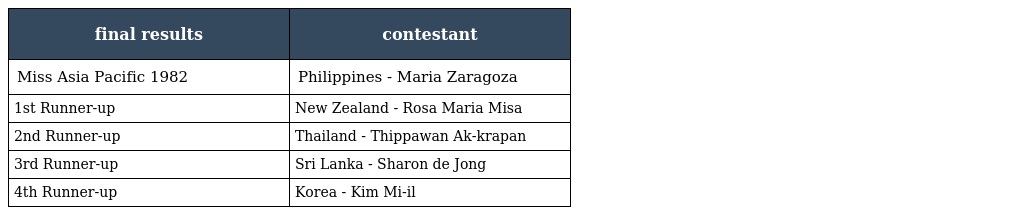
| final results | contestant |
 | --- | --- |
 | Miss Asia Pacific 1982 | Philippines - Maria Zaragoza |
 | 1st Runner-up | New Zealand - Rosa Maria Misa |
 | 2nd Runner-up | Thailand - Thippawan Ak-krapan |
 | 3rd Runner-up | Sri Lanka - Sharon de Jong |
 | 4th Runner-up | Korea - Kim Mi-il |